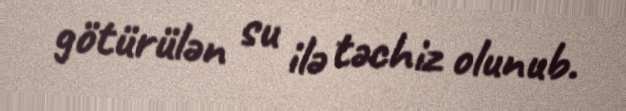
götürülən su ilə təchiz olunub.